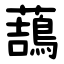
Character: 䕵